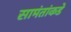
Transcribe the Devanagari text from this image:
सामंतांकडे